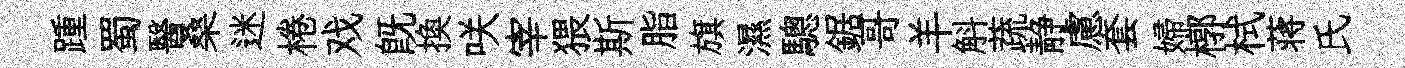
踵蜀醫桑迷棬戏旣换咲宰猥斯脂旗濕驄鋸哥羊斛蔬静慮套婦槨栻蒋氏